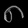
Digit: ၈